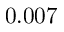
0 . 0 0 7